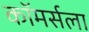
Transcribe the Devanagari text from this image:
कॉमर्सला